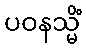
ပဝနသ္မိံ